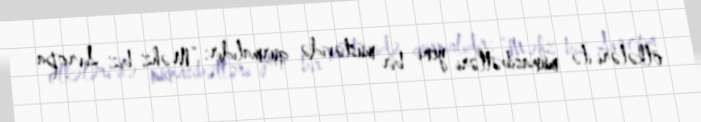
ölkələri ilə münasibətləri yeni bir müstəvidə qurmalıdır: “Məhz biz Avropa